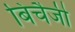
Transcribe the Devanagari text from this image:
बिचैजी